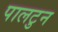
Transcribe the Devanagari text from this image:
पालटुन